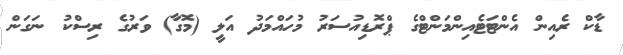
ޑާކް ރެއިން އެންޓަޓެއިންމަންޓްގެ ޕްރޮޑިއުސަރު މުހައްމަދު އަލީ (މޮގާ) ވަރުގެ ރިސްކު ނަގަން